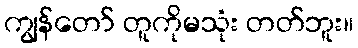
ကျွန်တော် တူကိုမသုံး တတ်ဘူး။